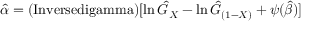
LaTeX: { \hat { \alpha } } = ( \operatorname { I n v e r s e d i g a m m a } ) [ \ln { \hat { G } } _ { X } - \ln { \hat { G } } _ { ( 1 - X ) } + \psi ( { \hat { \beta } } ) ]